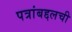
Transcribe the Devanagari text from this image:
पत्रांबद्दलची